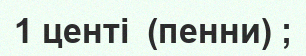
1 центі  (пенни) ;